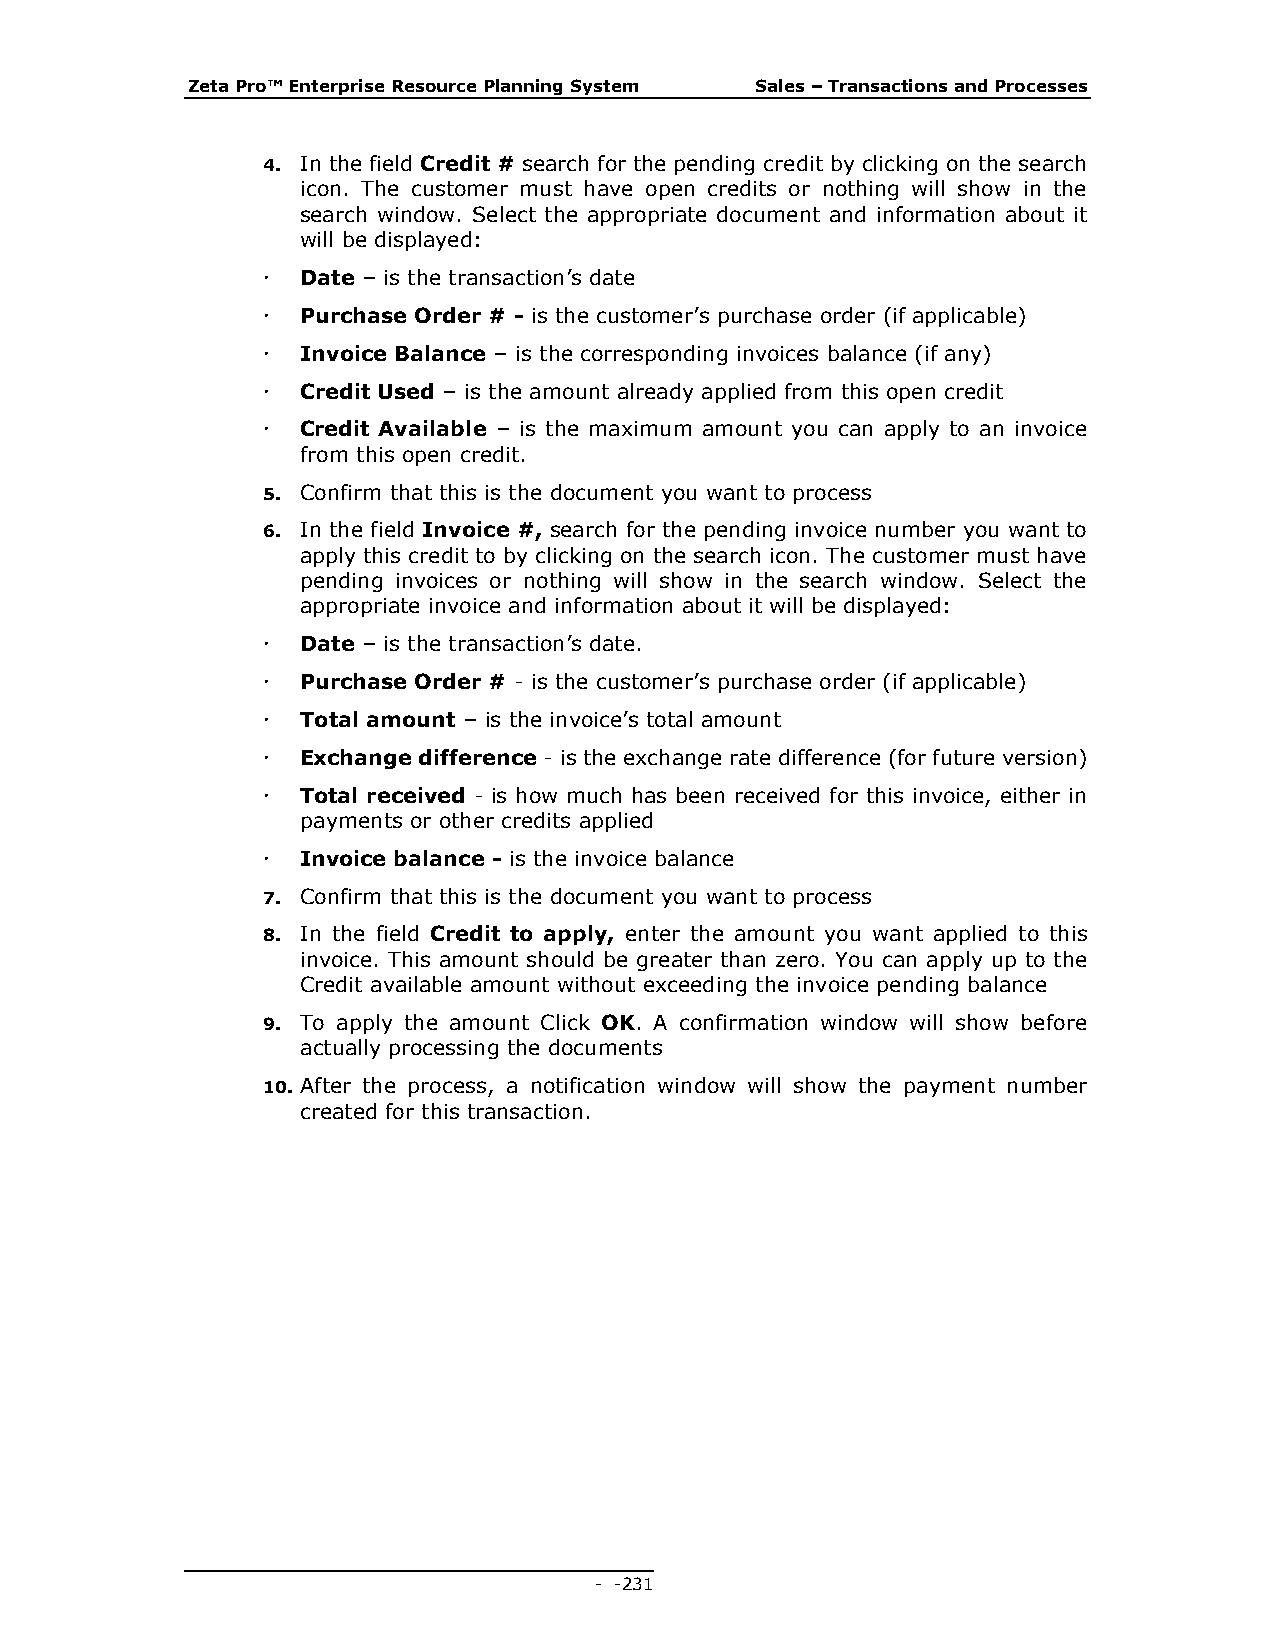
Zeta Pro™ Enterprise Resource Planning System Sales – Transactions and Processes
 4. In the field Credit # search for the pending credit by clicking on the search
 icon. The customer must have open credits or nothing will show in the
 search window. Select the appropriate document and information about it
 will be displayed:
   Date – is the transaction’s date
   Purchase Order # - is the customer’s purchase order (if applicable)
   Invoice Balance – is the corresponding invoices balance (if any)
   Credit Used – is the amount already applied from this open credit
   Credit Available – is the maximum amount you can apply to an invoice
 from this open credit.
 5. Confirm that this is the document you want to process
 6. In the field Invoice #, search for the pending invoice number you want to
 apply this credit to by clicking on the search icon. The customer must have
 pending invoices or nothing will show in the search window. Select the
 appropriate invoice and information about it will be displayed:
   Date – is the transaction’s date.
   Purchase Order # - is the customer’s purchase order (if applicable)
   Total amount – is the invoice’s total amount
   Exchange difference - is the exchange rate difference (for future version)
   Total received - is how much has been received for this invoice, either in
 payments or other credits applied
   Invoice balance - is the invoice balance
 7. Confirm that this is the document you want to process
 8. In the field Credit to apply, enter the amount you want applied to this
 invoice. This amount should be greater than zero. You can apply up to the
 Credit available amount without exceeding the invoice pending balance
 9. To apply the amount Click OK. A confirmation window will show before
 actually processing the documents
 10. After the process, a notification window will show the payment number
 created for this transaction.
 - - 231